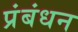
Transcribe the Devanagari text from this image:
प्रंबंधन